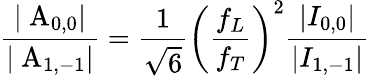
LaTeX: \frac{|\mathrm{~A}_{0,0}|}{|\mathrm{~A}_{1,-1}|}=\frac{1}{\sqrt 6}\left(\frac{f_{L}}{f_{T}}\right)^{2}\frac{|I_{0,0}|}{|I_{1,-1}|}